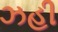
ઝહી